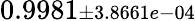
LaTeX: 0.9981{\scriptstyle\pm 3.8661e-04}